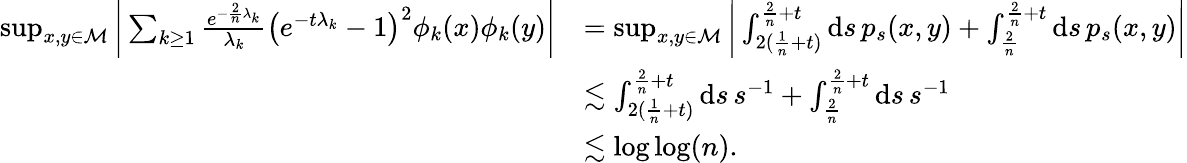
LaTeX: \begin{array}{rl}{\operatorname*{sup}_{x,y\in\mathcal{M}}\bigg\vert\sum_{k\geq 1}\frac{e^{-\frac{2}{n}\lambda_{k}}}{\lambda_{k}}\big(e^{-t\lambda_{k}}-1\big)^{2}\phi_{k}(x)\phi_{k}(y)\bigg\vert}&{=\operatorname*{sup}_{x,y\in\mathcal{M}}\bigg\vert\int_{2(\frac{1}{n}+t)}^{\frac{2}{n}+t}\mathrm{d}s\, p_{s}(x,y)+\int_{\frac{2}{n}}^{\frac{2}{n}+t}\mathrm{d}s\, p_{s}(x,y)\bigg\vert}\\ &{\lesssim\int_{2(\frac{1}{n}+t)}^{\frac{2}{n}+t}\mathrm{d}s\, s^{-1}+\int_{\frac{2}{n}}^{\frac{2}{n}+t}\mathrm{d}s\, s^{-1}}\\ &{\lesssim\log\log(n).}\end{array}